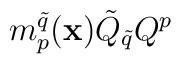
m^{\tilde{q}}_p({\bf x}) \tilde{Q}_{\tilde{q}} Q^p